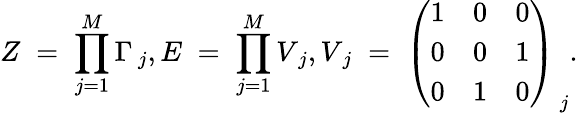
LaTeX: Z\; =\; \prod_{j=1}^{M}\Gamma_{\, j},E\; =\; \prod_{j=1}^{M}V_{\, j},V_{\, j}\; =\; \left(\begin{array}{ccc}{{1}}&{{0}}&{{0}}\\ {{0}}&{{0}}&{{1}}\\ {{0}}&{{1}}&{{0}}\end{array}\right)_{\, j}.